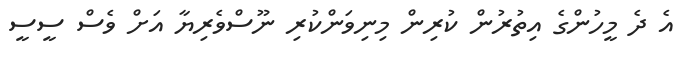
އެ ދެ މީހުންގެ އިތުރުން ކުރިން މިނިވަންކުރި ނޫސްވެރިޔާ އަށް ވެސް ސީސީ